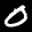
Label: 0